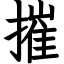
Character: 摧